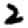
Digit: 2